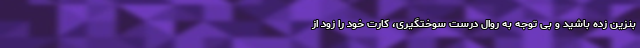
بنزین زده باشید و بی توجه به روال درست سوختگیری، کارت خود را زود از